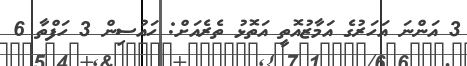
3 އަންނަ އަހަރުގެ އަމާޒުއޮތީ އަތޮޅު ތެރެއަށް: ހައުސިން 3 ހަފްތާ 6